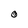
Character: 0